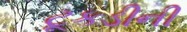
ટૂકડીની